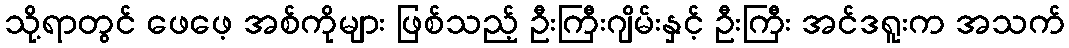
သို့ရာတွင် ဖေဖေ့ အစ်ကိုများ ဖြစ်သည့် ဦးကြီးဂျိမ်းနှင့် ဦးကြီး အင်ဒရူးက အသက်